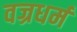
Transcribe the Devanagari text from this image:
वज्रधर्म